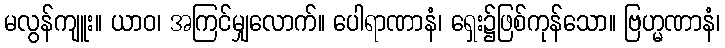
မလွန်ကျူး။ ယာဝ၊ အကြင်မျှလောက်။ ပေါရာဏာနံ၊ ရှေး၌ဖြစ်ကုန်သော။ ဗြဟ္မဏာနံ၊